Leningradi_Edasi_toimetus, lk 28
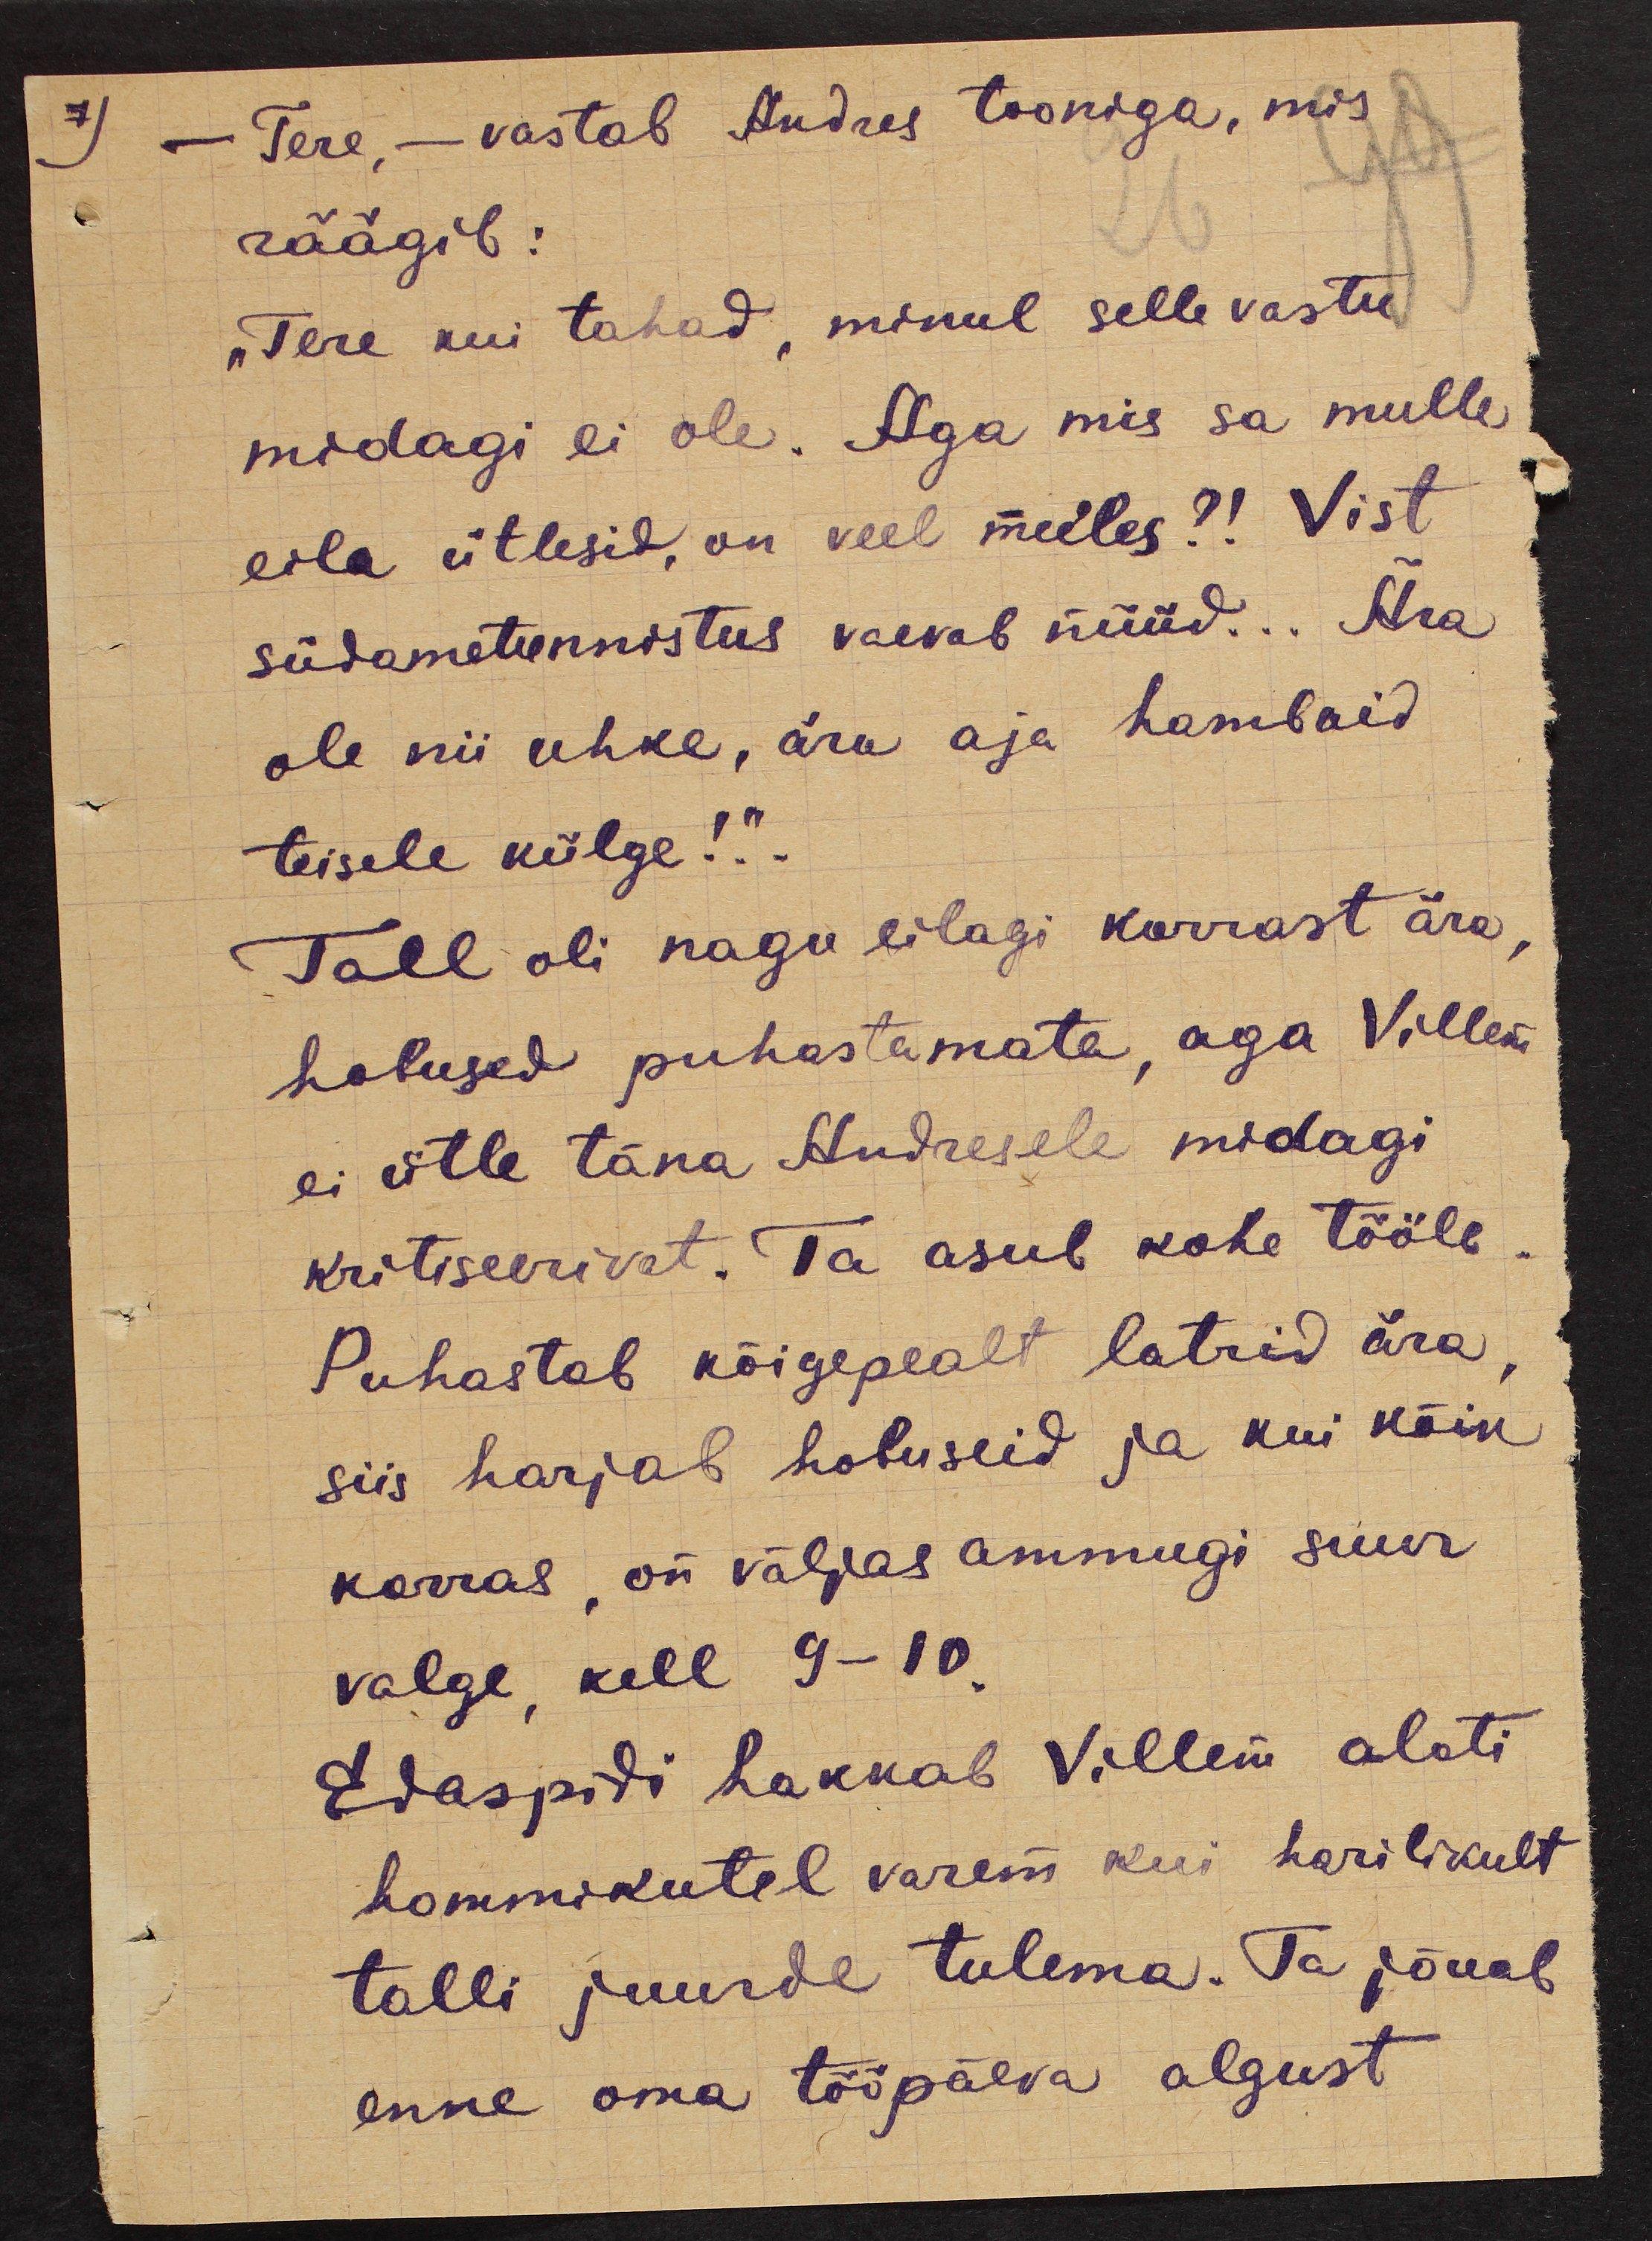
7)

- Tere, - vastab Andres tooniga, mis
räägib:
"Tere kui tahad, minul selle vastu
midagi ei ole. Aga mis sa mulle
eila ütlesid, on veel meeles?! Vist
südametunnistus vaevab nüüd... Ära
ole nii uhke, ära aja hambaid
teisele külge!“..
Tall oli nagu eilagi korrast ära,
hobused puhastamata, aga Villem
ei ütle täna Andresele midagi
kritiseerivat. Ta asub kohe tööle.
Puhastab kõigepealt latrid ära,
siis harjab hobuseid ja kui kõik
korras, on väljas ammugi suur
valge, kell 9-10.
Edaspidi hakkab Villem alati
hommikutel varem kui harilikult
talli juurde tulema. Ta jõuab
enne oma tööpäeva algust